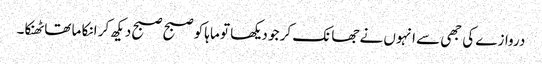
دروازے کی جھی سے انہوں نے جھانک کر جو دیکھا تو ماہا کو صبح صبح دیکھ کر انکا ما تھا ٹھنکا۔